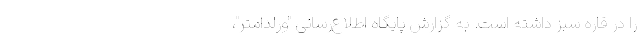
را در قاره سبز داشته است. به گزارش پایگاه اطلاع‌رسانی "ورلداُمتر"،